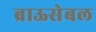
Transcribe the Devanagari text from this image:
ब्राऊसेबल